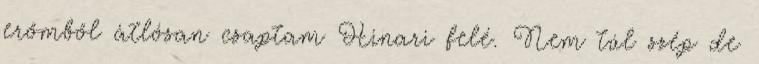
erőmből átlósan csaptam Hinari felé. Nem túl szép de